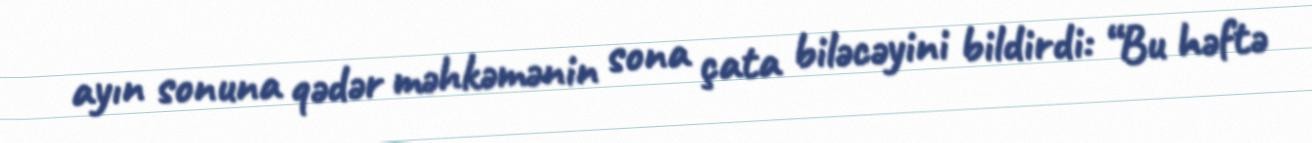
ayın sonuna qədər məhkəmənin sona çata biləcəyini bildirdi: “Bu həftə